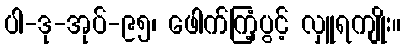
ပါ-ဒု-အုပ်-၉၅၊ ဖေါက်ကြံ့ပွင့် လှူရကျိုး။